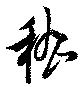
嵆